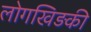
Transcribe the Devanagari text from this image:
लोगखिड़की